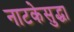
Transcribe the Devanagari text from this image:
नाटकेसुद्धा